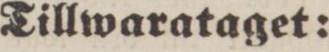
Tillwarataget: